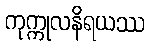
ကုက္ကုလနိရယဿ